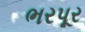
ભરપૂર